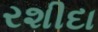
રશીદા